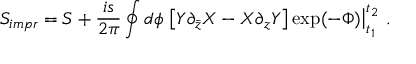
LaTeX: S _ { i m p r } = S + \frac { i s } { 2 \pi } \oint d \phi \left. \left[ Y \partial _ { \bar { z } } X - X \partial _ { z } Y \right] \exp ( - \Phi ) \right| _ { t _ { 1 } } ^ { t _ { 2 } } \, .